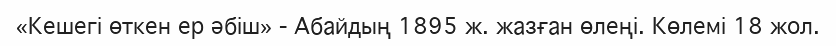
«Кешегі өткен ер әбіш»	- Абайдың 1895 ж. жазған өлеңі. Көлемі 18 жол.